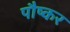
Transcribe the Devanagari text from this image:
पौष्कर